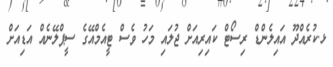
ޅ.ކުރެއްދޫ އައިލެންޑް ރިސޯޓް ކައިރިއަށް ޖުލައި މަހު ވެސް ޓީއެމްއޭގެ ސީޕްލޭނެއް އަޑިއަށް